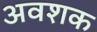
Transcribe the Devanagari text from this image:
अवशक